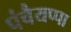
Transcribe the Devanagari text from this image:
पंचैयप्पा